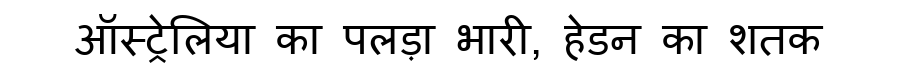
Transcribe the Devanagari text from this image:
ऑस्ट्रेलिया का पलड़ा भारी, हेडन का शतक